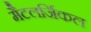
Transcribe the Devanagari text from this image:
मैटलर्जिकल